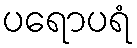
ပရောပရံ